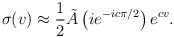
\begin{align*}\sigma(v) \approx \frac{1}{2} \tilde{A} \left( i e^{-ic\pi/2} \right) e^{cv}.\end{align*}